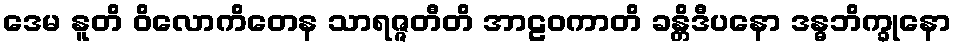
ဒေမ နူတိ ဝိလောကိတေန သာရဇ္ဇတီတိ အာဠဝကာတိ ခန္တိဒီပနော ဒန္ဓဘိက္ခုနော